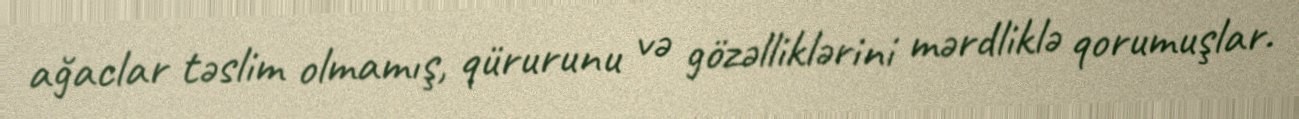
ağaclar təslim olmamış, qürurunu və gözəlliklərini mərdliklə qorumuşlar.